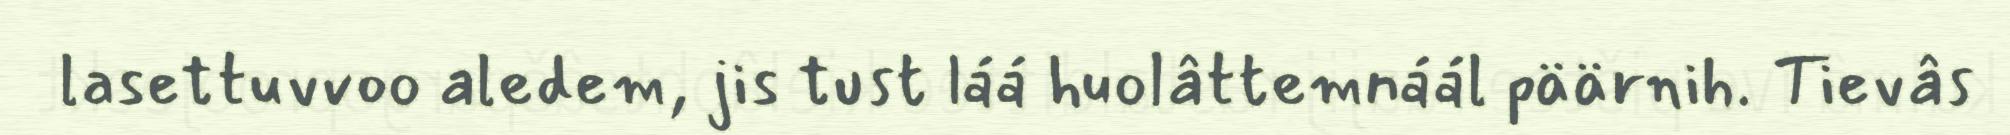
lasettuvvoo aledem, jis tust láá huolâttemnáál päärnih. Tievâs